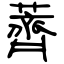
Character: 薺